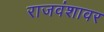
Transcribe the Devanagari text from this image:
राजवंशावर